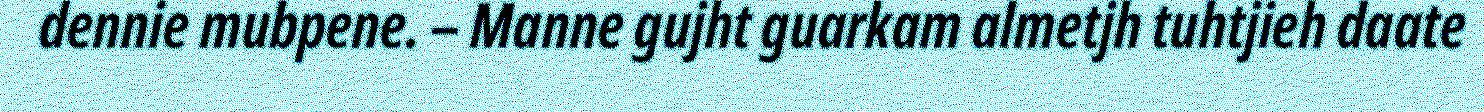
dennie mubpene. – Manne gujht guarkam almetjh tuhtjieh daate